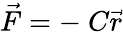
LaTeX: {\vec{F}}=-\ C{\vec{r}}